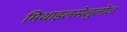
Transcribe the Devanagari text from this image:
मिथाइलसेलुलोज